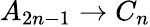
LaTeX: A_{2n-1}\to C_{n}